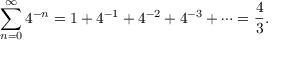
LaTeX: \sum _ { n = 0 } ^ { \infty } 4 ^ { - n } = 1 + 4 ^ { - 1 } + 4 ^ { - 2 } + 4 ^ { - 3 } + \cdots = { \frac { 4 } { 3 } } .